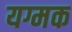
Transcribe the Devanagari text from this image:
यग्मक